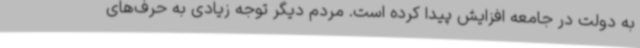
به دولت در جامعه افزایش پیدا کرده است. مردم دیگر توجه زیادی به حرف‌های